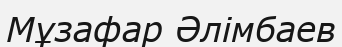
Мұзафар Әлімбаев